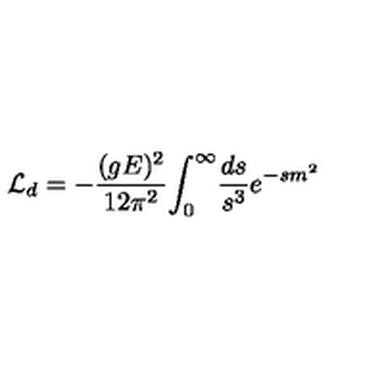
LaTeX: { \cal L } _ { d } = - { \frac { ( g E ) ^ { 2 } } { 1 2 \pi ^ { 2 } } } { \int _ { 0 } } ^ { \infty } { \frac { d s } { s ^ { 3 } } e ^ { - s m ^ { 2 } } }